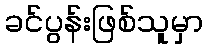
ခင်ပွန်းဖြစ်သူမှာ